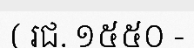
( រជ. ១៥៥០ -